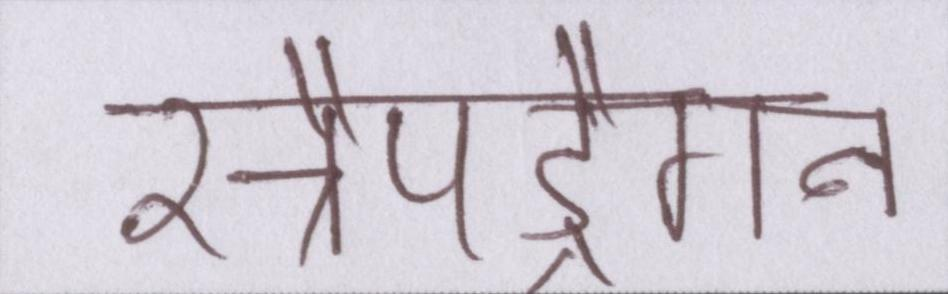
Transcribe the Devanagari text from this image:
स्नैपड्रैगन